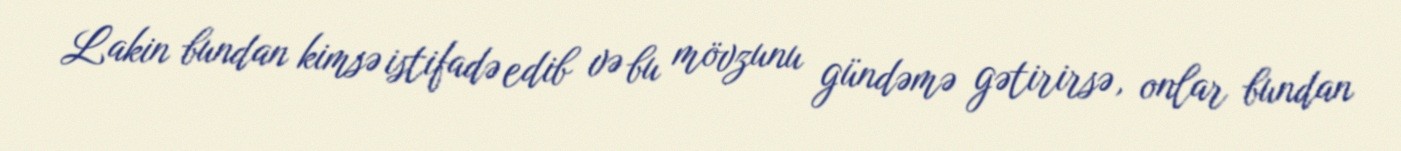
Lakin bundan kimsə istifadə edib və bu mövzunu gündəmə gətirirsə, onlar bundan